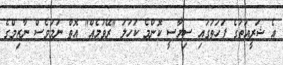
އެ ޝަރީއަތުގެ ފަހަތުގައި ސިޔާސީ ކޮންމެ ކަހަލަ "ރޭވުމެއް" އޮތް ނަމަވެސް ނާޒިމްގެ